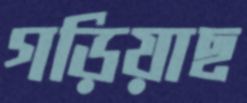
গড়িয়াছ